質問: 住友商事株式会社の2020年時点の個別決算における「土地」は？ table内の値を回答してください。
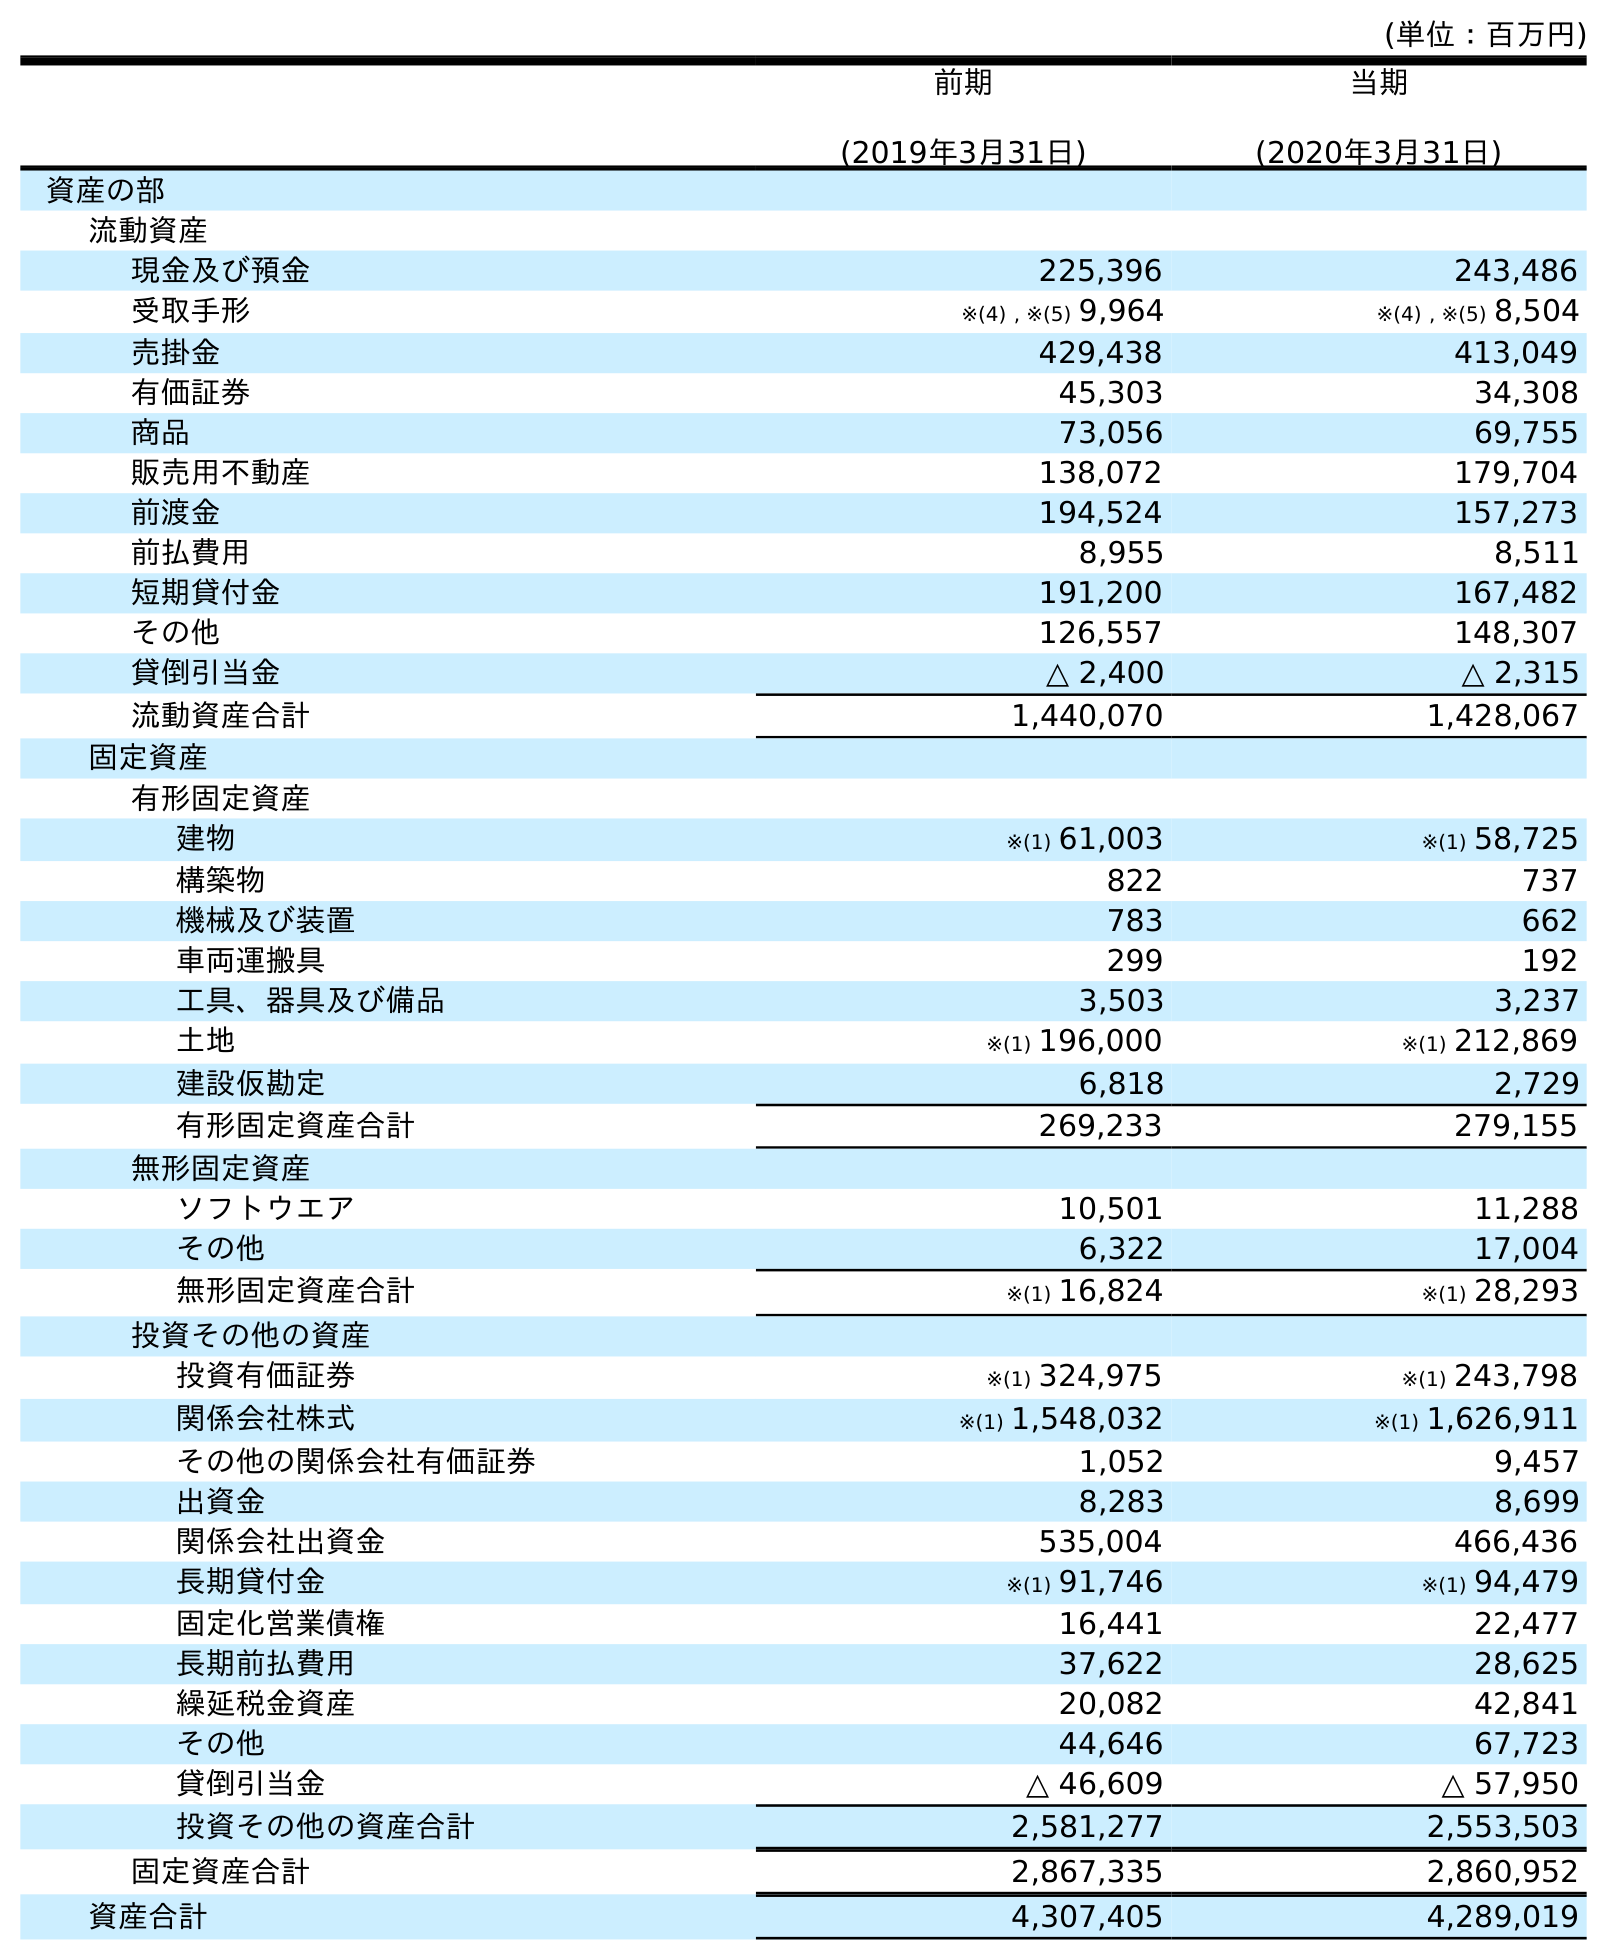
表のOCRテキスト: (単位：百万円) 前期 (2019年3月31日) 当期 (2020年3月31日) 資産の部 流動資産 現金及び預金 225,396 243,486 受取手形 ※(4) , ※(5) 9,964 ※(4) , ※(5) 8,504 売掛金 429,438 413,049 有価証券 45,303 34,308 商品 73,056 69,755 販売用不動産 138,072 179,704 前渡金 194,524 157,273 前払費用 8,955 8,511 短期貸付金 191,200 167,482 その他 126,557 148,307 貸倒引当金 △ 2,400 △ 2,315 流動資産合計 1,440,070 1,428,067 固定資産 有形固定資産 建物 ※(1) 61,003 ※(1) 58,725 構築物 822 737 機械及び装置 783 662 車両運搬具 299 192 工具、器具及び備品 3,503 3,237 土地 ※(1) 196,000 ※(1) 212,869 建設仮勘定 6,818 2,729 有形固定資産合計 269,233 279,155 無形固定資産 ソフトウエア 10,501 11,288 その他 6,322 17,004 無形固定資産合計 ※(1) 16,824 ※(1) 28,293 投資その他の資産 投資有価証券 ※(1) 324,975 ※(1) 243,798 関係会社株式 ※(1) 1,548,032 ※(1) 1,626,911 その他の関係会社有価証券 1,052 9,457 出資金 8,283 8,699 関係会社出資金 535,004 466,436 長期貸付金 ※(1) 91,746 ※(1) 94,479 固定化営業債権 16,441 22,477 長期前払費用 37,622 28,625 繰延税金資産 20,082 42,841 その他 44,646 67,723 貸倒引当金 △ 46,609 △ 57,950 投資その他の資産合計 2,581,277 2,553,503 固定資産合計 2,867,335 2,860,952 資産合計 4,307,405 4,289,019
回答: ※(1)212,869